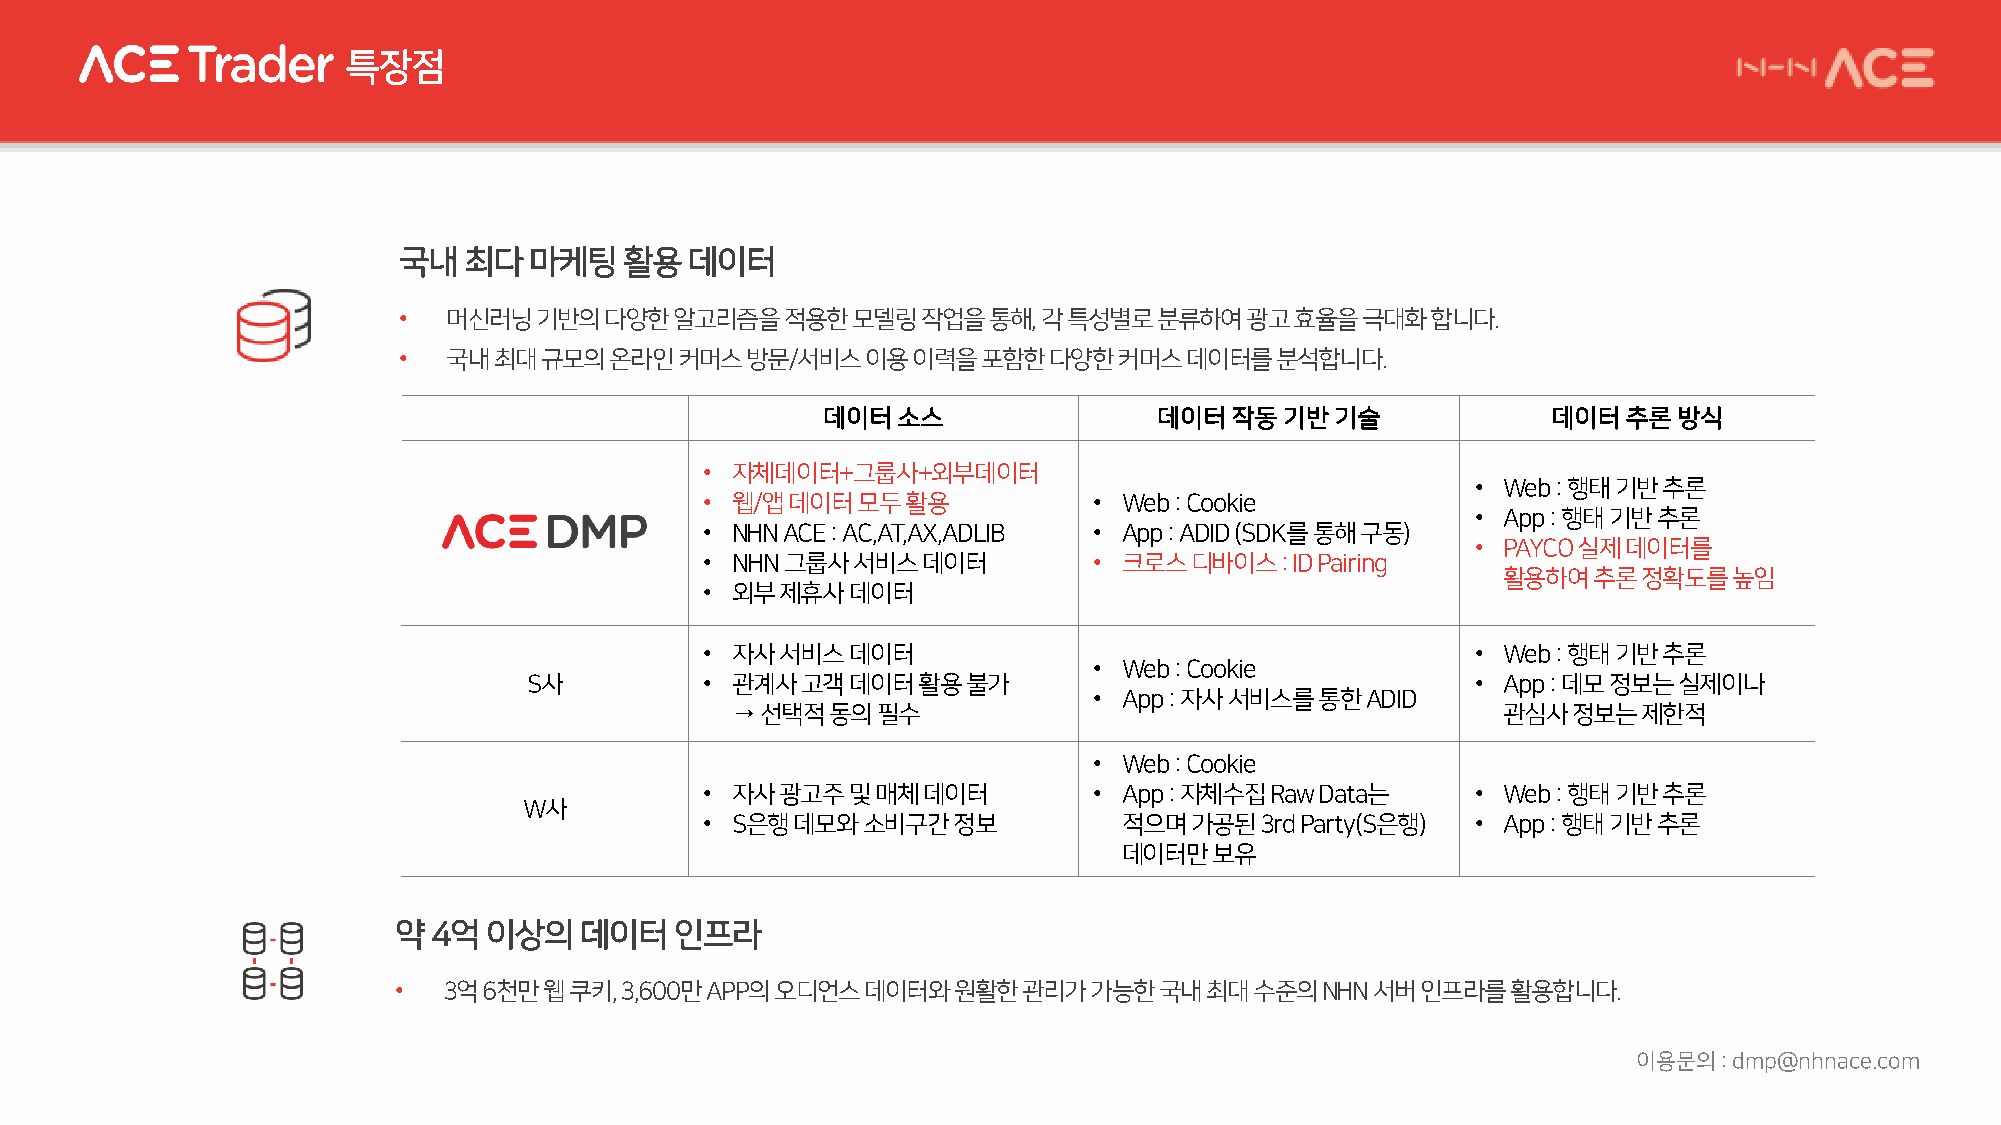
특장점
 국내최다마케팅활용데이터
 •   머신러닝기반의다양한알고리즘을적용한모델링작업을통해,            각특성별로분류하여광고효율을극대화합니다.
 •   국내최대규모의온라인커머스방문/서비스이용이력을포함한다양한커머스데이터를분석합니다.
 데이터소스                  데이터작동기반기술                 데이터추론방식
 • 자체데이터+그룹사+외부데이터
 • Web : 행태기반추론
 • 웹/앱데이터모두활용             • Web : Cookie
 • App : 행태기반추론
 • NHN ACE : AC,AT,AX,ADLIB • App : ADID (SDK를통해구동)
 • PAYCO 실제데이터를
 • NHN 그룹사서비스데이터          • 크로스디바이스:    ID Pairing
 활용하여추론정확도를높임
 • 외부제휴사데이터
 • 자사서비스데이터                                         • Web : 행태기반추론
 • Web : Cookie
 S사          • 관계사고객데이터활용불가                                     • App : 데모정보는실제이나
 • App : 자사서비스를통한ADID
 → 선택적동의필수                                         관심사정보는제한적
 • Web : Cookie
 • 자사광고주및매체데이터            • App : 자체수집Raw Data는     • Web : 행태기반추론
 W사
 • S은행데모와소비구간정보             적으며가공된3rd   Party(S은행)  • App : 행태기반추론
 데이터만보유
 약4억이상의데이터인프라
 •  3억6천만웹쿠키,   3,600만APP의오디언스데이터와원활한관리가가능한국내최대수준의NHN             서버인프라를활용합니다.
 이용문의:  dmp@nhnace.com